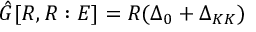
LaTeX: \hat { G } [ R , R : E ] = R ( \Delta _ { 0 } + \Delta _ { K K } )